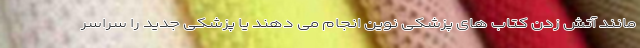
مانند آتش زدن کتاب های پزشکی نوین انجام می دهند یا پزشکی جدید را سراسر